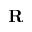
\textbf { R }